Civil Veterinary Dept. Bombay admin report 1932-41 - 1932-1941
Year: 1932
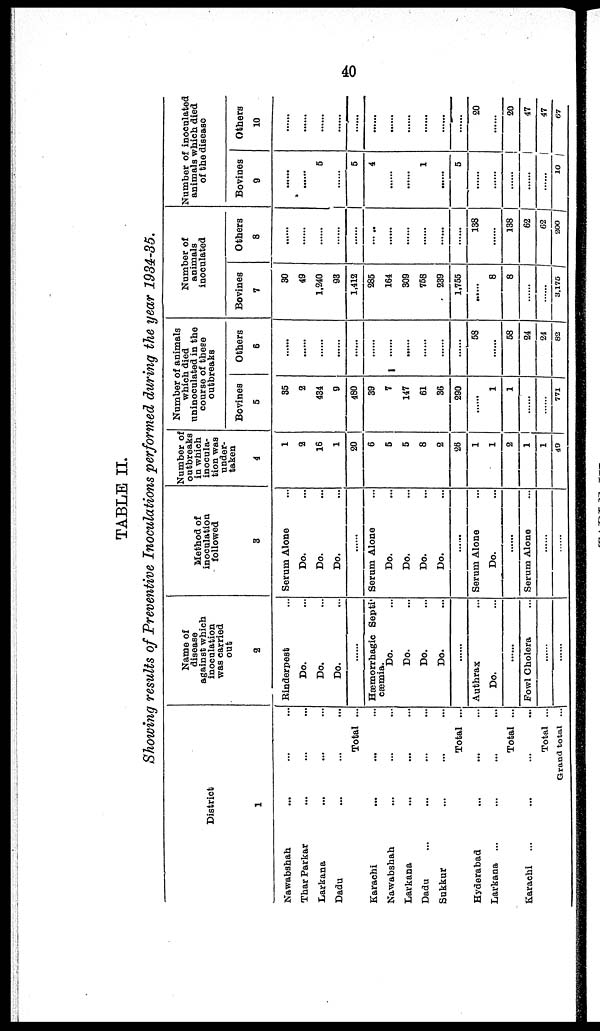
40
TABLE II.
Showing results of Preventive Inoculations performed during the year 1934-35.
District
1
Nawabshah
... ... ...
Thar Parkar
... ... ...
Larkana
... ... ...
Dadu
... ... ...
Total ...
Karachi
... ... ...
Nawabshah
... ... ...
Larkana ... ... ...
Dadu
...
... ... ...
Sukkur
... ... ...
Total ...
Hyderabad
... ... ...
Larkana ... ... ... ...
Total ...
Karachi
...
... ... ...
Total ...
Grand total ...
Name of
disease
against which
inoculation
was carried
out
2
Rinderpest ...
Do. ...
Do. ...
Do. ...
......
Hæmorrhagic Septi¬
cæmia.
Do. ...
Do. ...
Do. ...
Do. ...
......
Anthrax ...
Do. ...
......
Fowl Cholera ...
......
......
Method of
inoculation
followed
3
Serum Alone ...
Do. ...
Do. ...
Do. ...
......
Serum Alone ...
Do. ...
Do. ...
Do. ...
Do. ...
......
Serum Alone ...
Do. ...
......
Serum Alone ...
......
......
Number of
outbreaks
in which
inocula-
tion was
under-
taken
4
1
2
16
1
20
6
5
5
8
2
26
1
1
2
1
1
49
Number of animals
which died
uninoculated in the
course of these
outbreaks
Bovines
5
35
2
434
9
480
39
7
147
61
36
290
......
1
1
......
......
771
Others
6
......
......
......
......
......
......
......
......
......
......
......
58
......
58
24
24
82
Number of
animals
inoculated
Bovines
7
30
49
1,240
93
1,412
285
164
309
758
239
1,755
......
8
8
......
3,175
Others
8
......
......
......
......
......
......
......
......
......
......
......
138
......
138
62
62
200
Number of inoculated
animals which died
of the disease
Bovines
9
......
......
5
......
5
4
......
......
1
......
5
......
......
......
......
......
10
Others
10
......
......
......
......
......
......
......
......
......
......
......
20
......
20
47
47
67